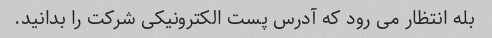
بله انتظار می رود که آدرس پست الکترونیکی شرکت را بدانید.